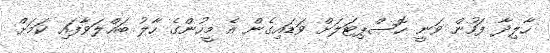
ހާލިދާ ފަހުން ވަނީ ހޮސްޕިޓަލަށް ވަޑައިގެން އެ މީހުންގެ ހާލު ބައްލަވާފައި ކަމަށް